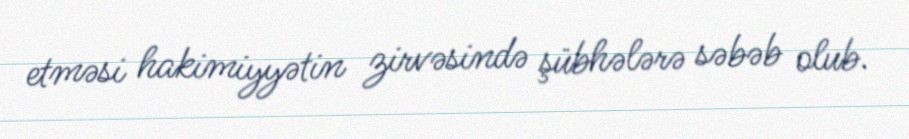
etməsi hakimiyyətin zirvəsində şübhələrə səbəb olub.